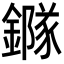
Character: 䥙